Problem: 17 + 48 = ?
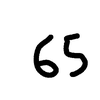
Handwritten answer: 65